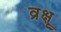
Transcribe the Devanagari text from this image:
व्रृक्ष